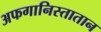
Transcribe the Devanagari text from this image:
अफगानिस्तातान